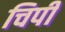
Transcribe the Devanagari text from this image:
चिपी